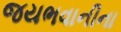
જયભવાનીના